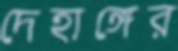
দেহাঙ্গের